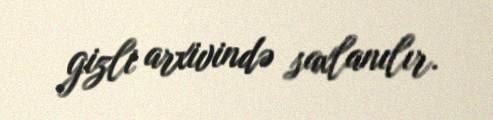
gizli arxivində saxlanılır.